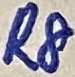
Text: R8